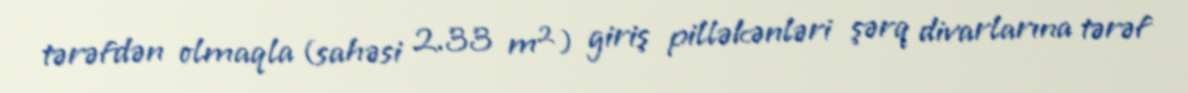
tərəfdən olmaqla (sahəsi 2.33 m²) giriş pilləkənləri şərq divarlarına tərəf